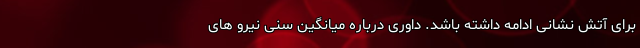
برای آتش نشانی ادامه داشته باشد. داوری درباره میانگین سنی نیرو های